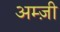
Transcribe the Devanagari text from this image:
अम्ज़ी